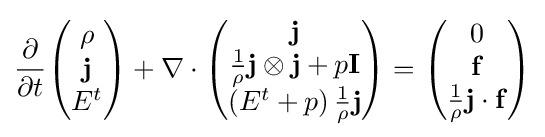
{\frac {\partial }{\partial t}}{\begin{pmatrix}\rho \\\mathbf {j} \\E^{t}\end{pmatrix}}+\nabla \cdot {\begin{pmatrix}\mathbf {j} \\{\frac {1}{\rho }}\mathbf {j} \otimes \mathbf {j} +p\mathbf {I} \\\left(E^{t}+p\right){\frac {1}{\rho }}\mathbf {j} \end{pmatrix}}={\begin{pmatrix}0\\\mathbf {f} \\{\frac {1}{\rho }}\mathbf {j} \cdot \mathbf {f} \end{pmatrix}}